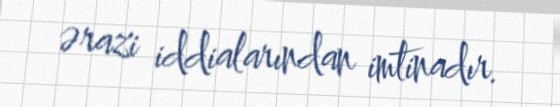
ərazi iddialarından imtinadır.